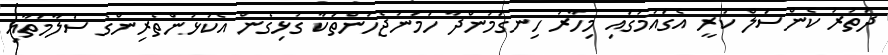
ދަތުރު ކެންސަލް ކުރީ އެގައުމުގައި މިހާރު ހިނގަމުންދާ ހަމަނުޖެހުންތަކާ ގުޅިގެން އެކުޅުންތެރިންގެ ސަލާމަތާއި